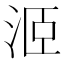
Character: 洍